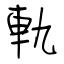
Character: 軌